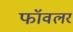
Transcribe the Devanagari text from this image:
फॉवलर